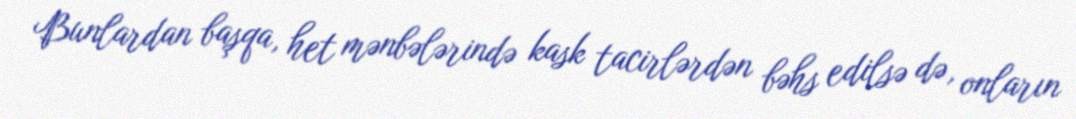
Bunlardan başqa, het mənbələrində kask tacirlərdən bəhs edilsə də, onların